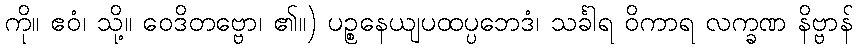
ကို။ ဧဝံ၊ သို့။ ဝေဒိတဗ္ဗော၊ ၏။) ပဉ္စနေယျပထပ္ပဘေဒံ၊ သင်္ခါရ ဝိကာရ လက္ခဏ နိဗ္ဗာန်